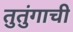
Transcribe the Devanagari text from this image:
तुतुंगाची